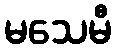
မသေမီ